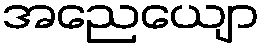
အညေယျော